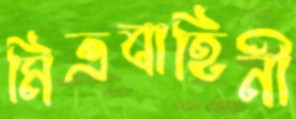
মিত্রবাহিনী